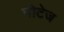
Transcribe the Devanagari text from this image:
पोटेज